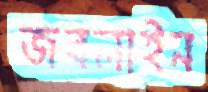
জবলাইন